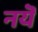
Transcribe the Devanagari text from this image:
नयॆ